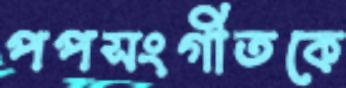
পপসংগীতকে